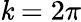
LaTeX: \mathit{k}=2\pi